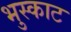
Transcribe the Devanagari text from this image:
भुस्काट